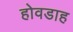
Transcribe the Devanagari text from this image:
होवडाह